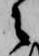
之